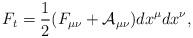
LaTeX: \begin{align*}F_t = \frac{1}{2} (F_{\mu \nu} + {\cal A}_{\mu \nu}) dx^{\mu}dx^{\nu},\end{align*}